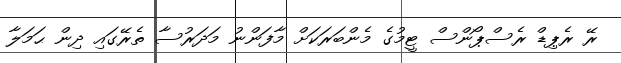
ރޭ ރެޕިޑް ރެސްޕޯންސް ޓީމުގެ މެންބަރަކަށް މާފަންނު މަދަރުސާ ތެރޭގައި ދިން ޙަމަލާ